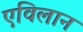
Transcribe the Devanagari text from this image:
एविलान